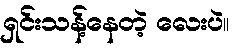
ရှင်းသန့်နေတဲ့ လေးပဲ။